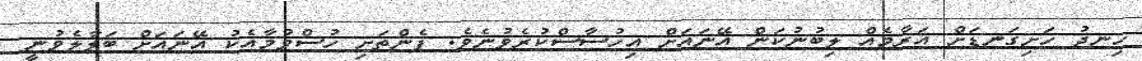
ހިނދު ހަށިގަނޑަށް އަރާމެއް ލިބުނުކަން އޭނައަށް އިހުސާސްކުރެވުނެވެ. ފެންތަށި ހުސްވުމާއެކު އޭނައަށް ބަލާލެވުނީ